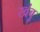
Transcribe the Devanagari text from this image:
खंबु